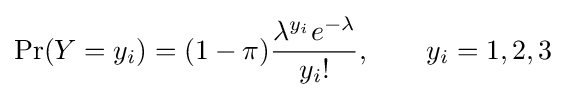
\Pr(Y=y_{i})=(1-\pi ){\frac {\lambda ^{y_{i}}e^{-\lambda }}{y_{i}!}},\qquad y_{i}=1,2,3